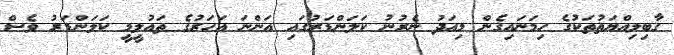
ގާބިލިއްޔަތުތަކުގެ ހިމަނައިގެން މިއަދު ނެރުނު ކަލަންޑަރުގައި އަންނަ އަހަރުގެ ތައުލީމީ ކަލަންޑަރު ވެސް